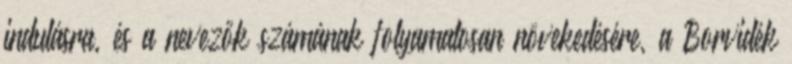
indulásra, és a nevezők számának folyamatosan növekedésére, a Borvidék